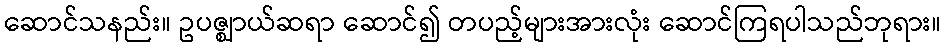
ဆောင်သနည်း။ ဥပဇ္ဈာယ်ဆရာ ဆောင်၍ တပည့်များအားလုံး ဆောင်ကြရပါသည်ဘုရား။